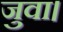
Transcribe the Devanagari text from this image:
जुवा।